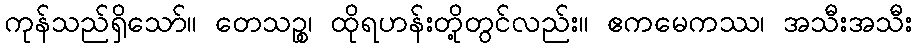
ကုန်သည်ရှိသော်။ တေသဉ္စ၊ ထိုရဟန်းတို့တွင်လည်း။ ဧကမေကဿ၊ အသီးအသီး